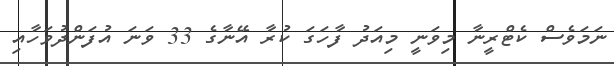
ނަމަވެސް ކެޓްރީނާ މިވަނީ މިއަދު ފާހަގަ ކުރާ އޭނާގެ 33 ވަނަ އުފަންދުވަހާއި